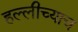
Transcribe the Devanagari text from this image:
हल्लीच्याच